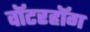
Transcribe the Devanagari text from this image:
वॉटरहॉग